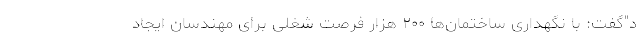
د"گفت: با نگهداری ساختمان‌ها ۲۰۰ هزار فرصت شغلی برای مهندسان ایجاد